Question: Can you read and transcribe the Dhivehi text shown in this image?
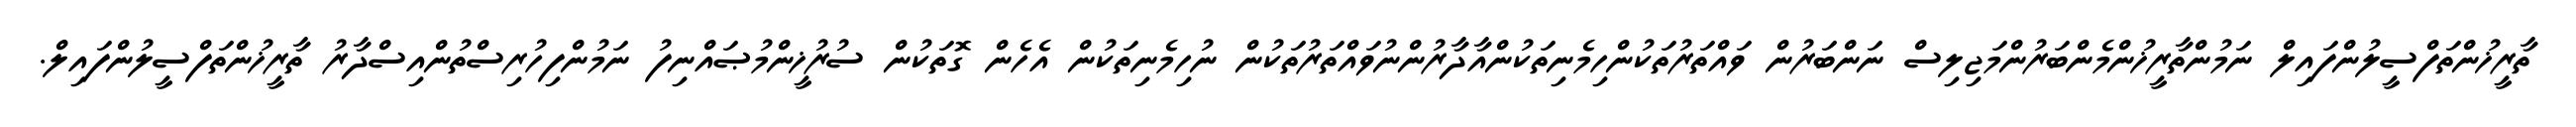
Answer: ތާރީޚުންތަފްސީލުންފައިލް ނަމުންތާރީޚުންމެންބަރުންމަޖިލިސް ނަންބަރުން ވައްތަރުތަކުންހިމެނިތަކުންއާދާރުންނުވައްތަރުތަކުން ނުހިމެނިތަކުން އެހެން ގޮތަކުން ސުރުޚީންމުޞައްނިފު ނަމުންފިހުރިސްތުންއިސްދާރު ތާރީޚުންތަފްސީލުންފައިލް.